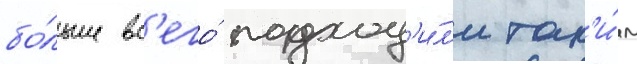
бо́льше вс'его́ подход'и́л'и так'и́м